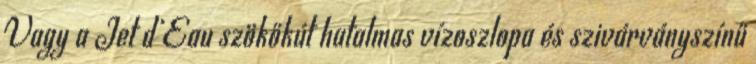
Vagy a Jet d’Eau szökőkút hatalmas vízoszlopa és szivárványszínű